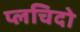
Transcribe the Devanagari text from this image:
प्लचिदो